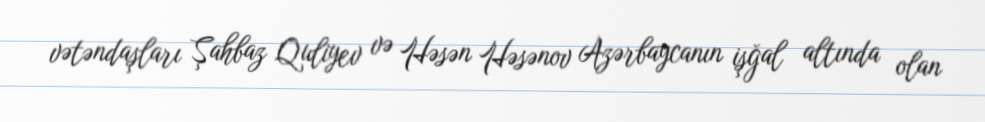
vətəndaşları Şahbaz Quliyev və Həsən Həsənov Azərbaycanın işğal altında olan